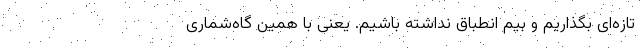
تازه‌ای بگذاریم و بیم انطباق نداشته باشیم. یعنی با همین گاه‌شماری